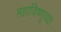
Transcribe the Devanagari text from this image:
महाविष्णूच्या